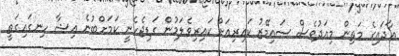
އާދައިގެ މަތިން މިއަދުވެސް ސައިމޭޒު ކައިރިއަށް ކައިރިވެލަމުން ގަޑިޖެހެނީ ކަމަށްބުނެ އިޝާ ހިނގައިގަތީ